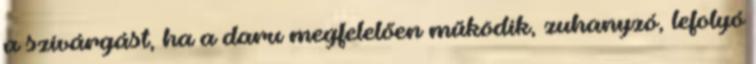
a szivárgást, ha a daru megfelelően működik, zuhanyzó, lefolyó